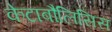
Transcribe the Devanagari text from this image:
केटाबौलिसिस